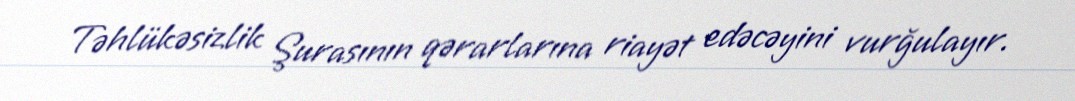
Təhlükəsizlik Şurasının qərarlarına riayət edəcəyini vurğulayır.